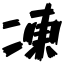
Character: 凍